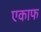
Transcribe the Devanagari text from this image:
एकाफ